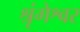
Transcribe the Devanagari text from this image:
श्रृंगेश्वर